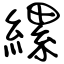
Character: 縲